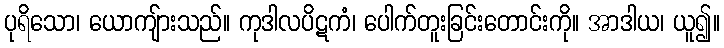
ပုရိသော၊ ယောကျ်ားသည်။ ကုဒါလပိဋကံ၊ ပေါက်တူးခြင်းတောင်းကို။ အာဒါယ၊ ယူ၍။